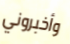
وأخبروني